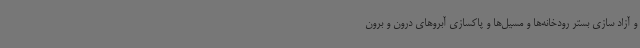
و آزاد سازی بستر رودخانه‌ها و مسیل‌ها و پاکسازی آبروهای درون و برون